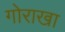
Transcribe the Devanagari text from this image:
गोराखा